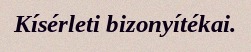
Kísérleti bizonyítékai.